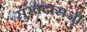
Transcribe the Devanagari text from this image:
सुखदासजी